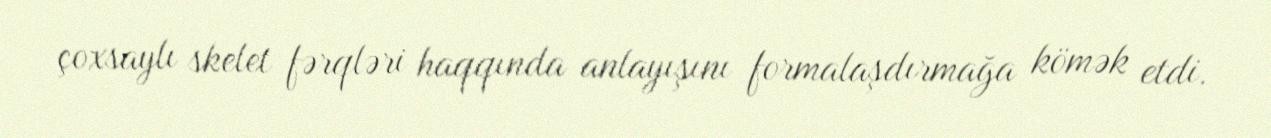
çoxsaylı skelet fərqləri haqqında anlayışını formalaşdırmağa kömək etdi.